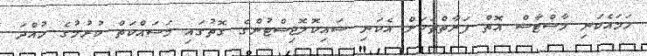
ހަމައެކަނި މާސްޓާސް އޮތް ފަރާތްތަކަށް އެކަނި ސައިކޮލޮޖިސްޓުންގެ ގޮތުގައި މަސައްކަތް ކުރުމުގެ ހުއްދަ